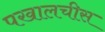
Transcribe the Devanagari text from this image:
पखालचीस